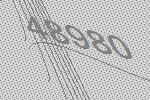
48980